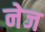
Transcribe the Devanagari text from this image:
नेज